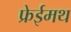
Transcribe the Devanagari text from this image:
फ्रेईमथ